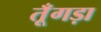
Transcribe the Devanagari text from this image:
तूँगड़ा